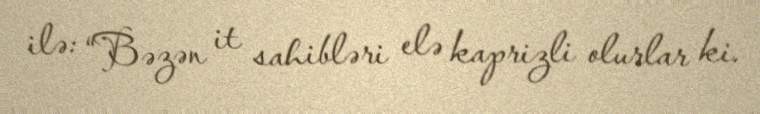
ilə: “Bəzən it sahibləri elə kaprizli olurlar ki.